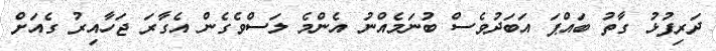
ދަރިފުޅު ގާތު ބައްޕަ އަބަދުވެސް ބުނަމެއްނު އެންމެ ލަސްވެގެން އެގާރަ ޖަހާއިރު ގެއަށް